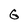
Character: G